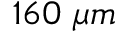
1 6 0 ~ \mu m